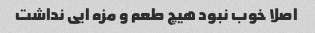
اصلا خوب نبود هیچ طعم و مزه ایی نداشت